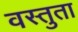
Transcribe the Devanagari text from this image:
वस्तुता